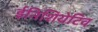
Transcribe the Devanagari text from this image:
ईनिशियेटिव